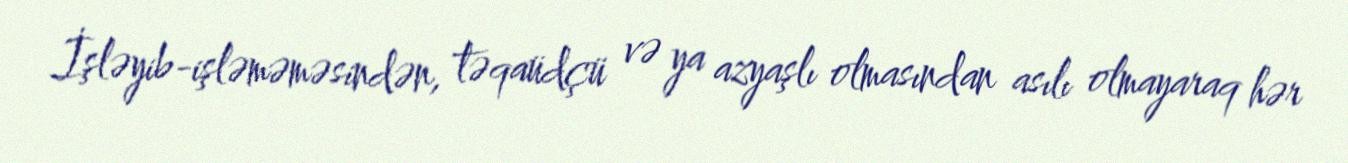
İşləyib-işləməməsindən, təqaüdçü və ya azyaşlı olmasından asılı olmayaraq hər